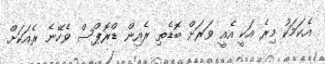
އެކަމަކު މިރެ އަކީ އެއީ ވަރަށް ބޮޑެތި ރެއިން ޑްރޮޕްސް ވެހޭނެ ރެއަކަށް